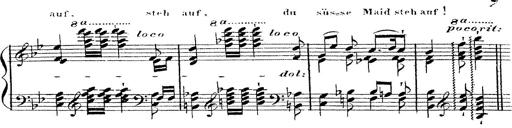
Title: 12 Lieder von Franz Schubert
Composer: Franz Liszt